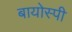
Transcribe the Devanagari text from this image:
बायोस्पी